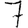
Digit: 7